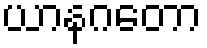
ယာနဂတော